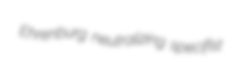
Ehrenburg neutralizing specifist